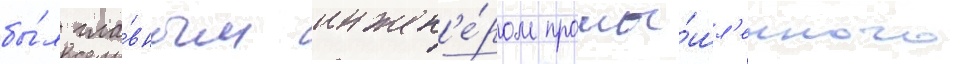
бы́л гла́вным инжен'е́ром промы́шл'енного